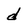
Character: d